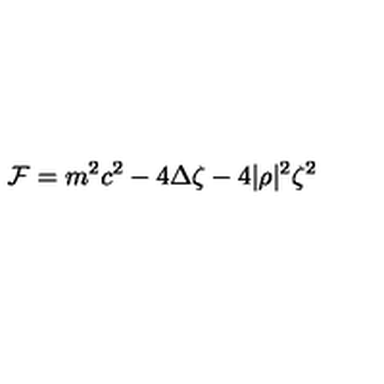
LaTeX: { \cal F } = m ^ { 2 } c ^ { 2 } - 4 \Delta \zeta - 4 | \rho | ^ { 2 } \zeta ^ { 2 }